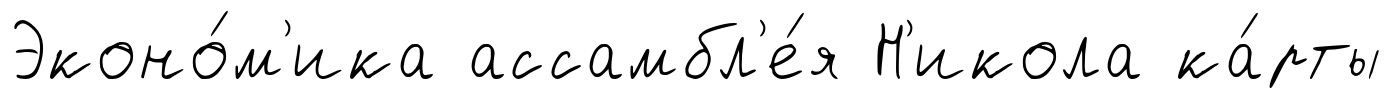
Эконо́м'ика ассамбл'е́я Н'икола ка́рты